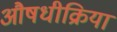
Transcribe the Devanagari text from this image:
औषधीक्रिया